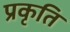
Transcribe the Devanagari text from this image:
प्रकृति